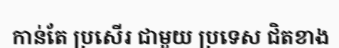
កាន់តែ ប្រសើរ ជាមួយ ប្រទេស ជិតខាង